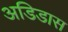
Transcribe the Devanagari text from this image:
अडिडास